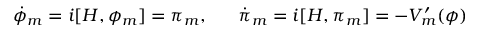
\dot { \phi } _ { m } = i [ H , \phi _ { m } ] = \pi _ { m } , \; \; \; \; \; \; \dot { \pi } _ { m } = i [ H , \pi _ { m } ] = - V _ { m } ^ { \prime } ( \phi )